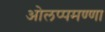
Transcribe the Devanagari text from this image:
ओलप्पमण्णा